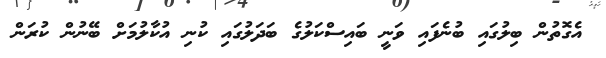
އެގޮތުން ބިލުގައި ބުނެފައި ވަނީ ބައިސްކަލުގެ ބަދަލުގައި ކުނި އުކާލުމަށް ބޭނުން ކުރަން